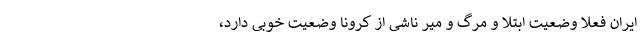
ایران فعلا وضعیت ابتلا و مرگ و میر ناشی از کرونا وضعیت خوبی دارد،